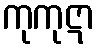
ကုကုဋာ